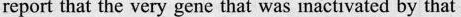
report that the very gene that was inactivated by that